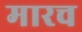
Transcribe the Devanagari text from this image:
मारच